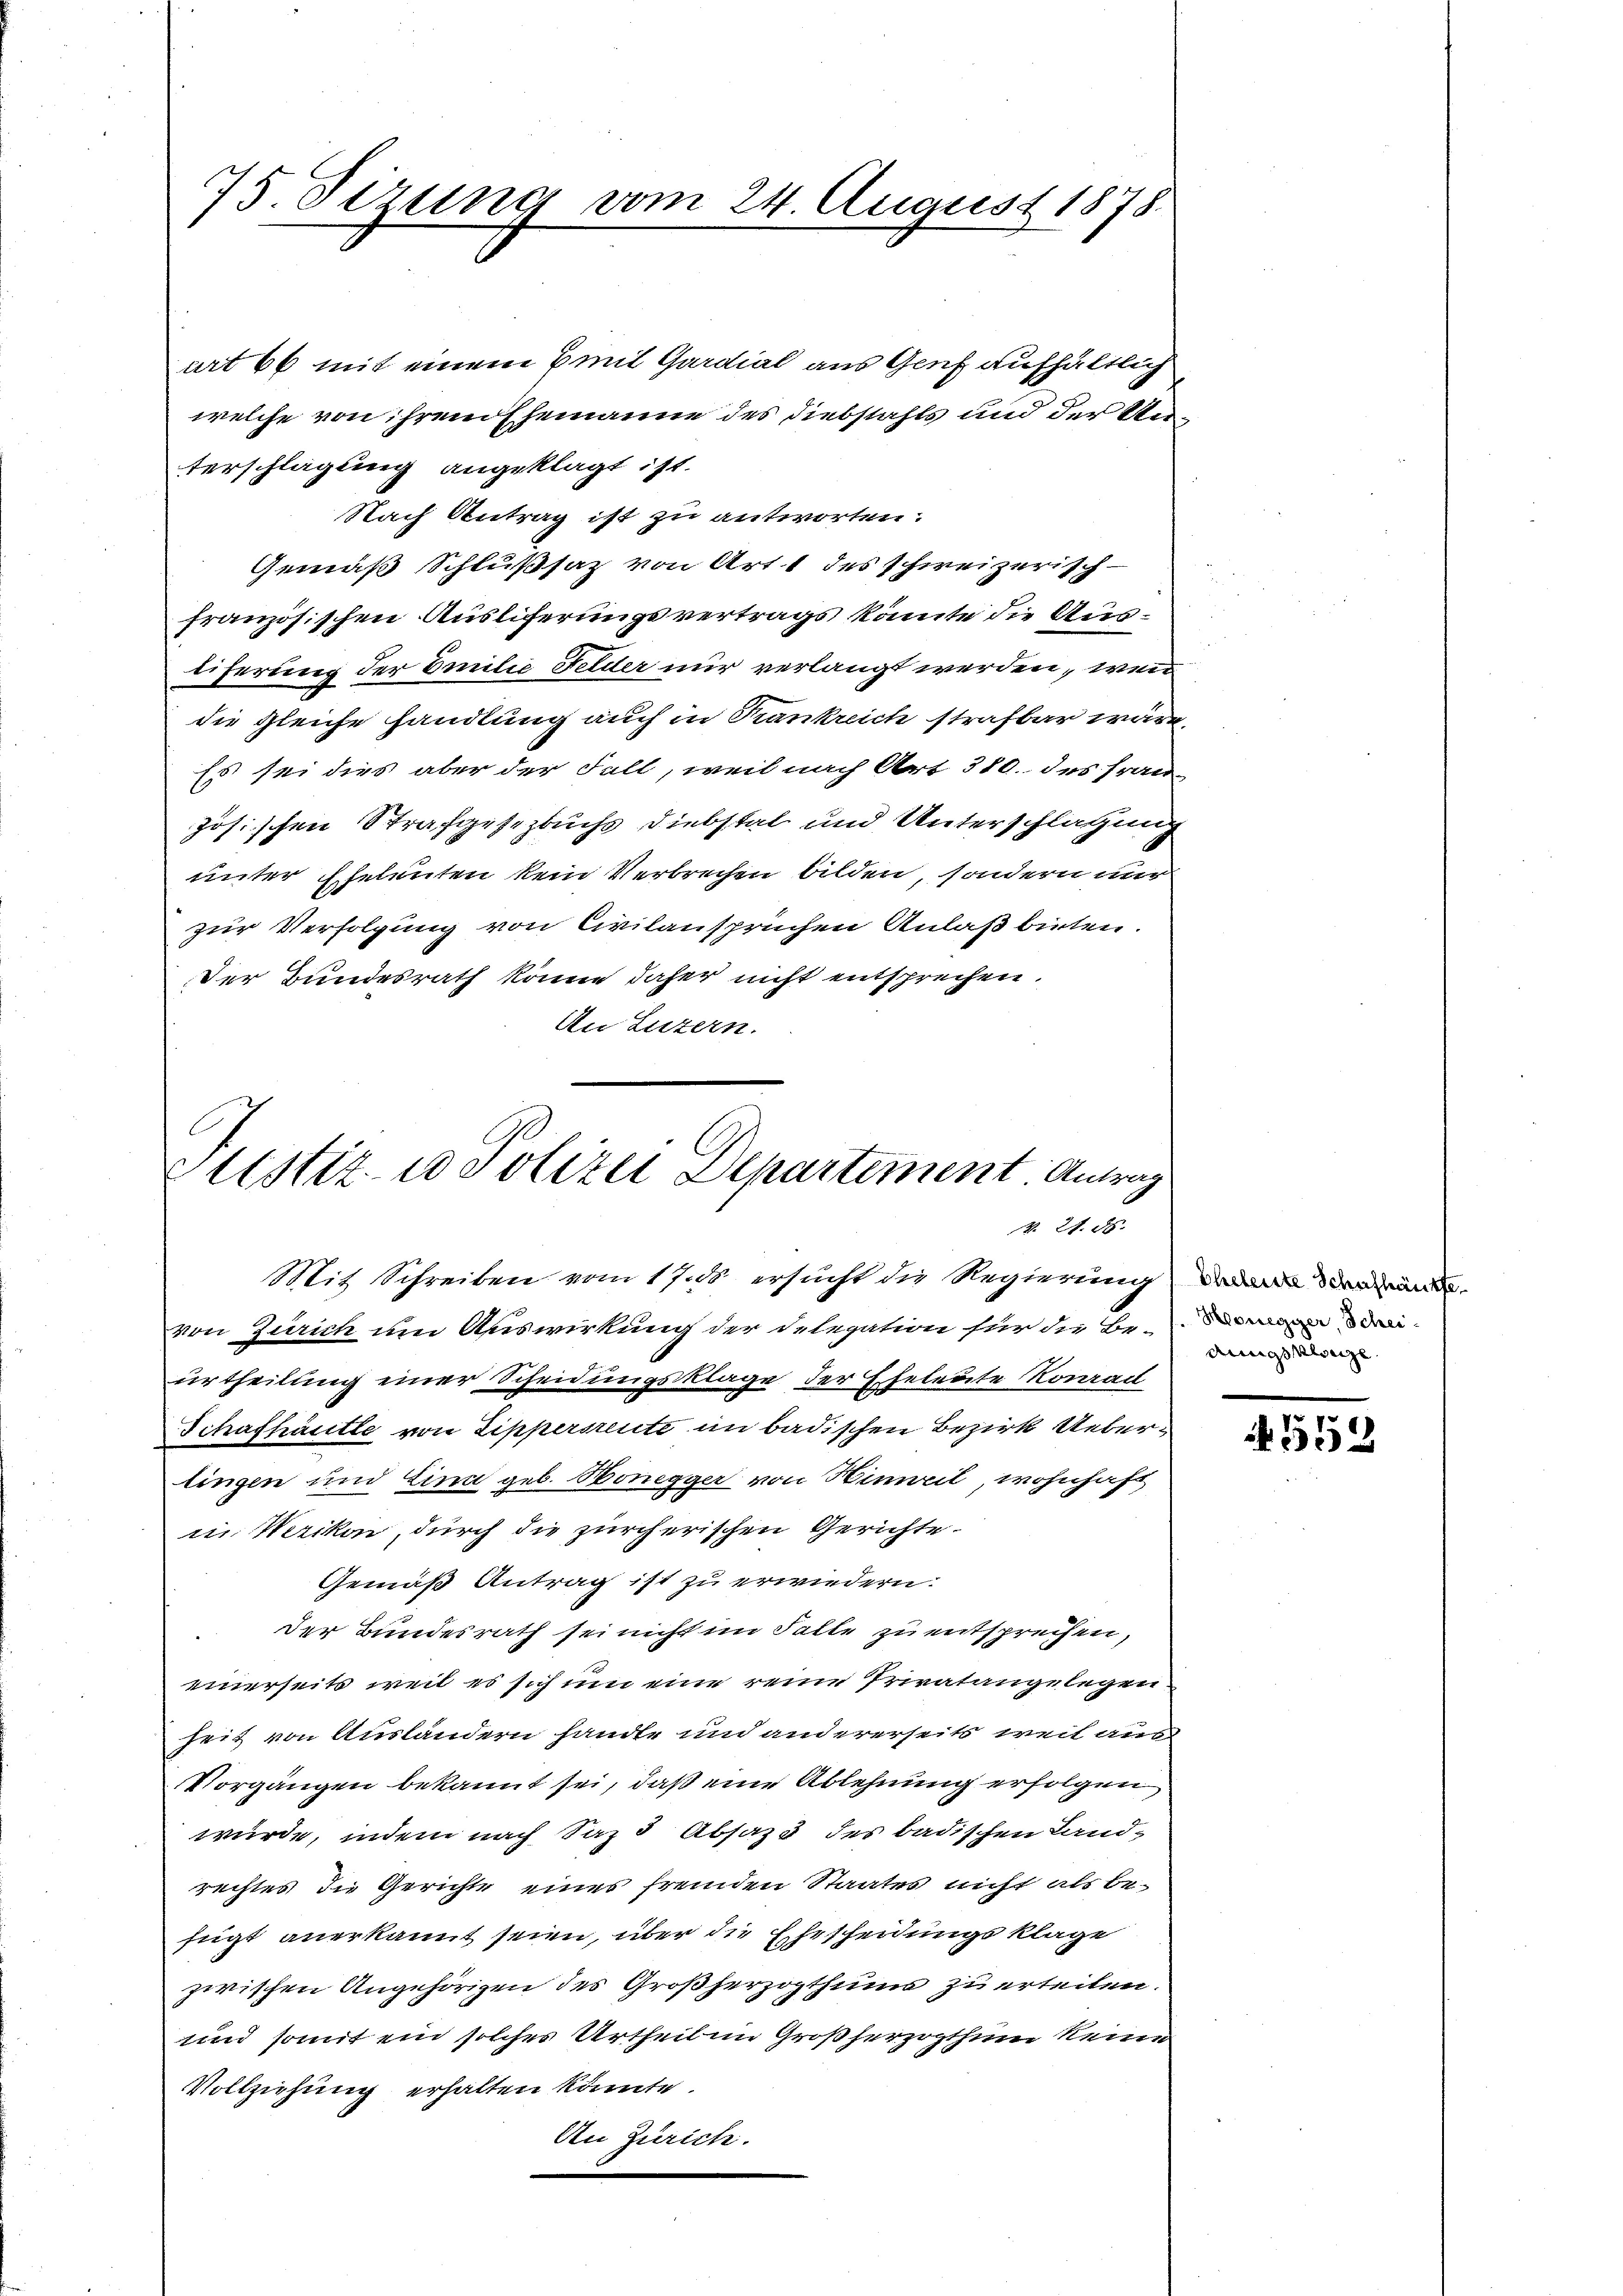
75. Sizung vom 24. August 1878.

art 66 mit einem mit Gardial aus Genf aufhältlich
welche von ihrem Ehemanne des Diebstahls und der Unterschlagung angeklagt ist.
Nach Antrag ist zu antworten:
Gemäß Schlußsaz von Art. 1 des schweizerisch-
französischen Ausliferungsvertrags könnte die Austeferung der Emilie Felder nur verlangt werden, wenn
die gleiche handlung auch in Krankreich strafbar wäre.
Es sei dies aber der Fall, weil nach Art. 310. des Französischen Strafgesezbuchs Diebstal und Unterschlagung
unter Eheleuten kein Verbrechen bilden, sondern mir
zur Verfolgung von Civilansprüchen Anlaß bieten.
Der Bundesrath könne daher nicht entsprechen.
An Luzern.

Justiz- u Polizei Departement Antrag
B. 2. 55.

Mit Schreiben vom 17. ds. ersucht die Regierung der
von Zürich um Auswirkung der delegation für die Beendiurtheilung einer Scheidungsklage der Eheleute Konrad
Schafhäutle von Lippersreute im badischen Bezirk Uebertingen und Lina geb. Honegger von Hinweil, wohnhaft
in. Wezikon, durch die zürcherischen Gerichte
Gemäß Antrag ist zu erwiedern.
der Bundesrath sei nicht im Falle zu entsprechen,
einerseits weil es sich um eine reine Privatangelegen.
heit von Ausländern sandte und andererseits weil ang
Vorgängen bekannt sei, daß eine Ablehnung erfolgen
wurde, indem nach Saz 3 Absatz des badischen Landrechtes die Gerichte eines fremden Staates nicht als befügt anerkannt seien, über die Ehetheidungsklage
zwischen Angehörigen des Großherzogthums zu erteilen.
und somit ein solches Urtheilen Großherzogthum keine
Vollziehung erhalten könnte.
An Zürich.

Aings Kreize

559